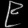
Digit: ၉